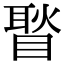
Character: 𥉔